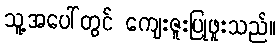
သူ့အပေါ်တွင် ကျေးဇူးပြုဖူးသည်။